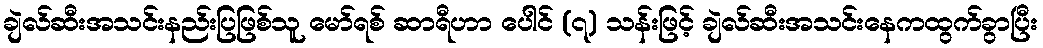
ချဲလ်ဆီးအသင်းနည်းပြဖြစ်သူ မော်ရစ် ဆာရီဟာ ပေါင် (၇) သန်းဖြင့် ချဲလ်ဆီးအသင်းနေကထွက်ခွာပြီး